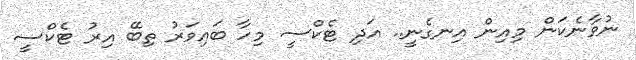
ނުވާނެކަން މިއިން އިނގެނީ.. އަދި ޓެކްސީ މިހާ ބައިވަރު ތިބޭ އިރު ޓެކްސީ